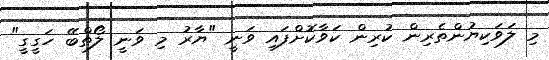
މި ލަވަކިޔުންތެރިން ކުރިން ކަވާކޮށްފައި ވަނީ "ޔާރު މި ވަނީ ލޯތްބޭ ހަގީގީ"